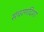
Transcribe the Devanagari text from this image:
संचरणदिशा